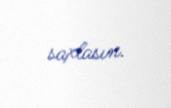
saxlasın.